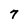
Character: 7